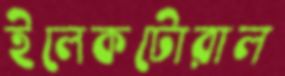
ইলেকটোরাল